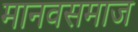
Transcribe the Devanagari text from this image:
मानवसमाज